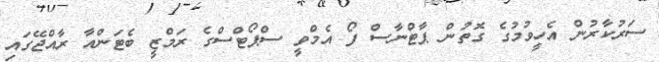
ސަރުކާރުން އެހީވުމުގެ ގޮތުން ޕާޓްނާސް ފޯ އެމްވީ ސްޕޯޓްސްގެ ރަމްޒީ ބެޓަންއާ ރާއްޖޭގައި